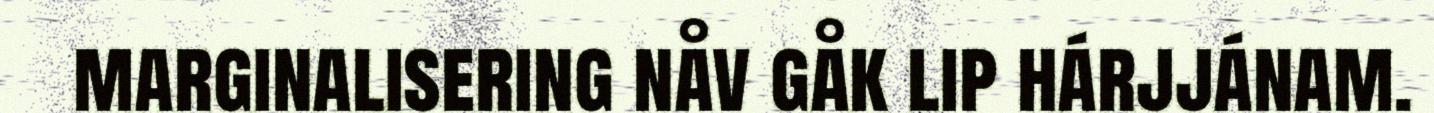
marginalisering nåv gåk lip hárjjánam.